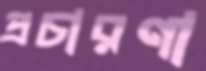
প্রচারণা